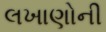
લખાણોની